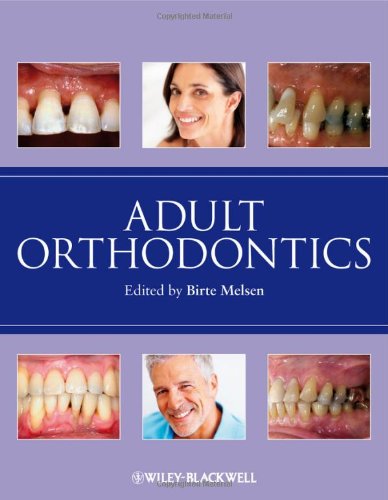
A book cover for Adult Orthodontics; Medical Books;